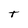
Character: t